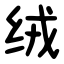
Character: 绒